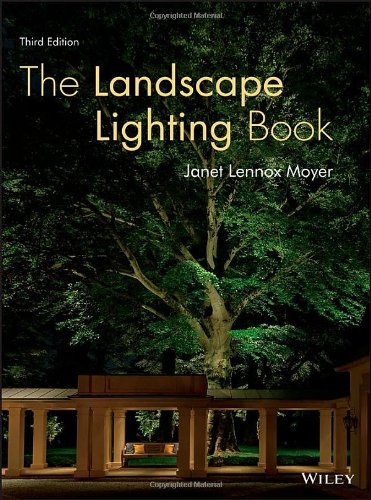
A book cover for The Landscape Lighting Book; Janet Lennox Moyer; Arts & Photography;